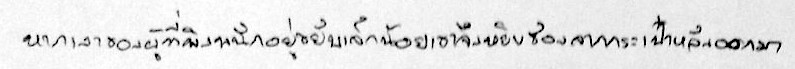
หากเงาของผู้ที่พิงพนักอยู่ขยับเล็กน้อยเขาจึงหยิบซองจากกระเป๋าหลังออกมา